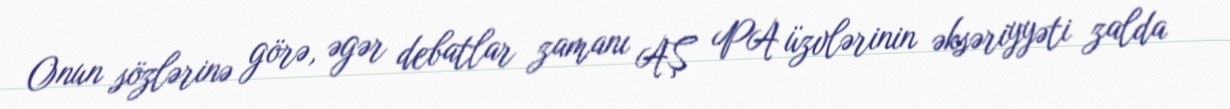
Onun sözlərinə görə, əgər debatlar zamanı AŞ PA üzvlərinin əksəriyyəti zalda